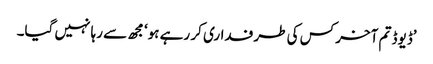
’ڈیوڈ تم آخر کس کی طرفداری کر رہے ہو‘ مجھ سے رہا نہیں گیا۔